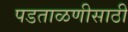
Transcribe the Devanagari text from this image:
पडताळणीसाठी